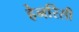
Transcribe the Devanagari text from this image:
हेनरिसी